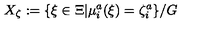
X _ { \zeta } : = \{ \xi \in \Xi | \mu _ { i } ^ { a } ( \xi ) = \zeta _ { i } ^ { a } \} / G